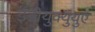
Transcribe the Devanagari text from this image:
ईडीयुक्युयुए